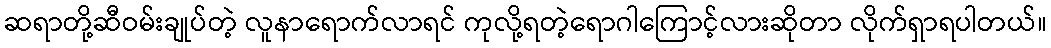
ဆရာတို့ဆီဝမ်းချုပ်တဲ့ လူနာရောက်လာရင် ကုလို့ရတဲ့ရောဂါကြောင့်လားဆိုတာ လိုက်ရှာရပါတယ်။